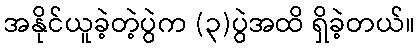
အနိုင်ယူခဲ့တဲ့ပွဲက (၃)ပွဲအထိ ရှိခဲ့တယ်။